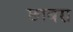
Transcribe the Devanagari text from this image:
छाबरा